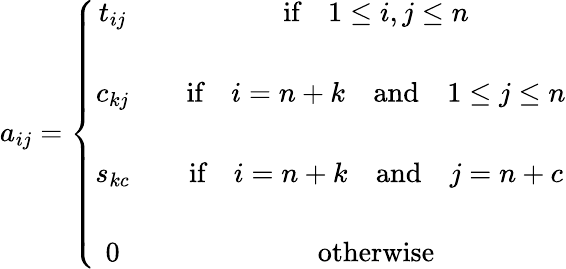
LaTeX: a_{ij}=\left\{ \begin{array}{cc}{t_{ij}}&{\quad\textrm{if}\quad 1\leq i,j\leq n}\\ {\quad}&{\quad}\\ {c_{kj}}&{\quad\textrm{if}\quad i=n+k\quad\textrm{and}\quad 1\leq j\leq n}\\ {\quad}&{\quad}\\ {s_{kc}}&{\quad\textrm{if}\quad i=n+k\quad\textrm{and}\quad j=n+c}\\ {\quad}&{\quad}\\ {0}&{\quad\textrm{otherwise}}\end{array}\right.